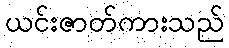
ယင်းဇာတ်ကားသည်